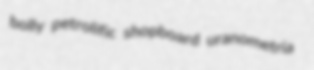
bolly petrolific shopboard uranometria